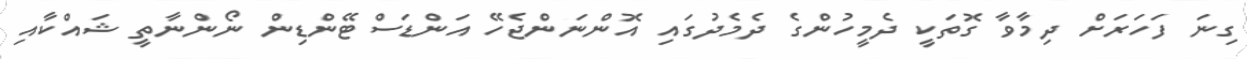
ގިނަ ފަހަރަށް ދިމާވާ ގޮތަކީ ދެމީހުންގެ ދެމެދުގައި އޮންނަންޖެހޭ އަންޑަސްޓޭންޑިން ނޯންނާތީ ޝައްކާއި